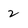
Character: 2